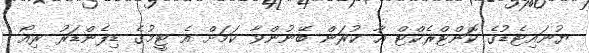
ޔުނައިޓެޑުގެ ކޮންޓްރެކްޓް އާ ކުރަން ބޭނުންވާ ކަމަށް އެ ޓީމުގެ ޑިފެންޑަރު ރިއޯ